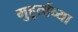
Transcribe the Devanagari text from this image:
मुहूर्ताच्या